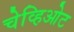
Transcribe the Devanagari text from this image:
चेव्हिओट